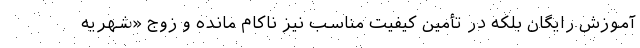
آموزش رایگان بلکه در تأمین کیفیت مناسب نیز ناکام مانده و زوج «شهریه